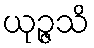
ယုဉ္ဇသိ